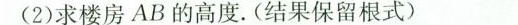
(2)求楼房AB的高度。(结果保留根式)